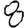
Digit: 8